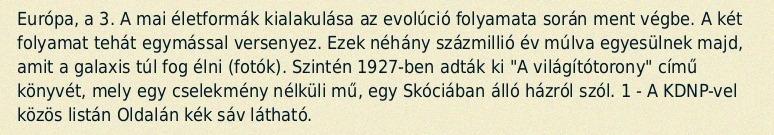
Európa, a 3. A mai életformák kialakulása az evolúció folyamata során ment végbe. A két folyamat tehát egymással versenyez. Ezek néhány százmillió év múlva egyesülnek majd, amit a galaxis túl fog élni (fotók). Szintén 1927-ben adták ki "A világítótorony" című könyvét, mely egy cselekmény nélküli mű, egy Skóciában álló házról szól. 1 - A KDNP-vel közös listán Oldalán kék sáv látható.